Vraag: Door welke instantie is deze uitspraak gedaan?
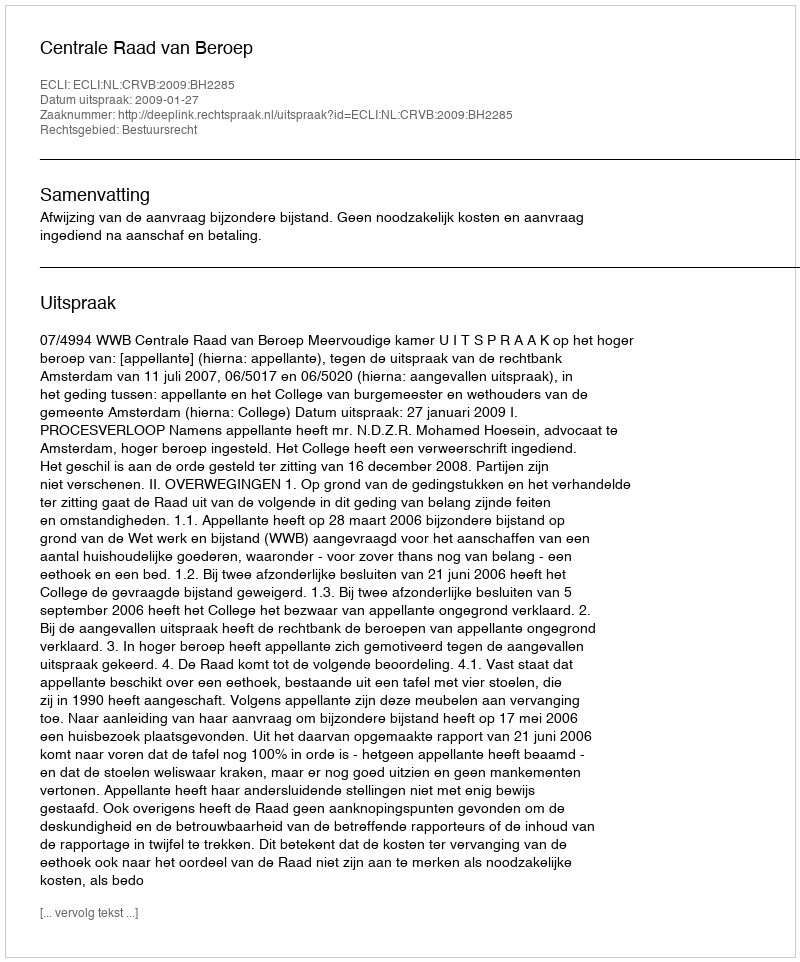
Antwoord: Centrale Raad van Beroep